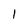
Character: 1